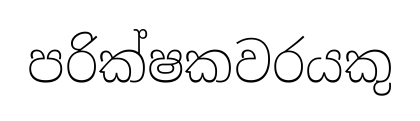
පරික්ෂකවරයකු